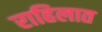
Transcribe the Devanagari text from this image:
राहिलात